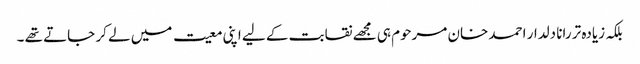
بلکہ زیادہ تر رانا دلدار احمد خان مرحوم ہی مجھے نقابت کے لیے اپنی معیت میں لے کر جاتے تھے ۔